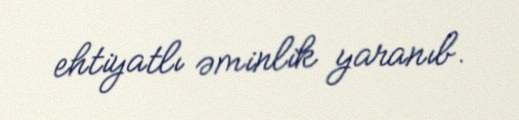
ehtiyatlı əminlik yaranıb.